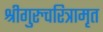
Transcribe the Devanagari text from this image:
श्रीगुरुचरित्रामृत